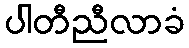
ပါတီညီလာခံ